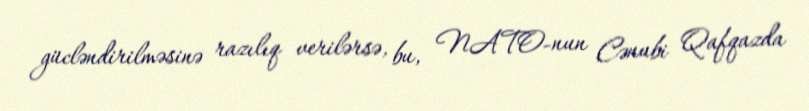
gücləndirilməsinə razılıq verilərsə, bu, NATO-nun Cənubi Qafqazda